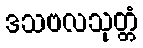
ဒသဗလသုတ္တံ